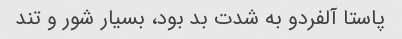
پاستا آلفردو به شدت بد بود، بسیار شور و تند